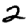
Digit: 2